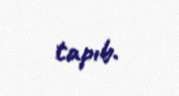
tapıb.